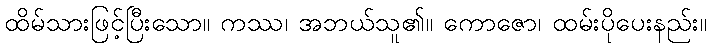
ထိမ်သားဖြင့်ပြီးသော။ ကဿ၊ အဘယ်သူ၏။ ကောဇော၊ ထမ်းပိုပေးနည်း။